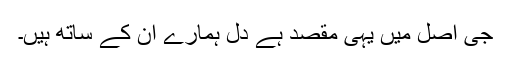
جی اصل میں یہی مقصد ہے دل ہمارے ان کے ساتھ ہیں۔